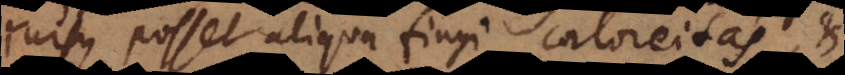
rursus posset aliqua fingi caloreitas, et